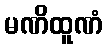
မဏိထူဏံ